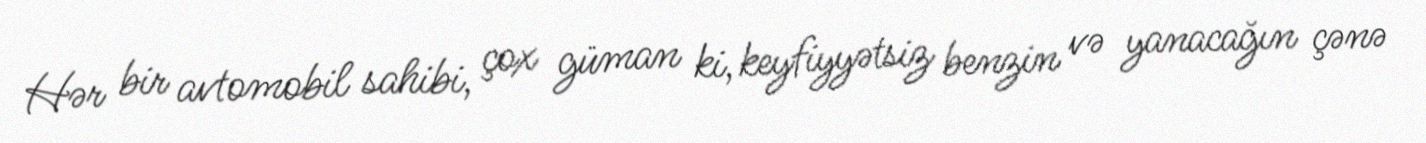
Hər bir avtomobil sahibi, çox güman ki, keyfiyyətsiz benzin və yanacağın çənə